Annual report of the Civil Veterinary Department, Bengal, for the year 1896-97 - 1896-1897
Year: 1896
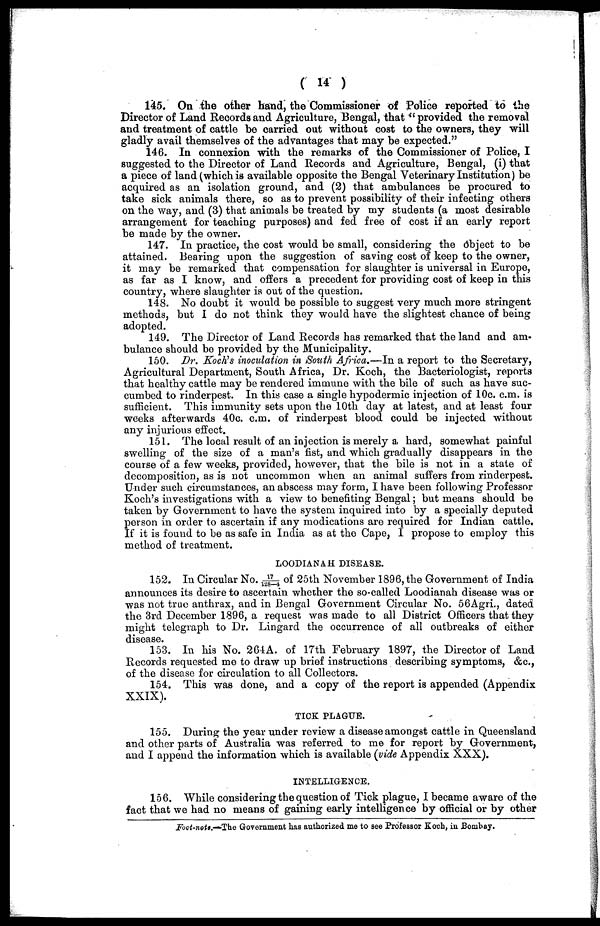
(14)
145. On the other hand, the Commissioner of Police reported to the
Director of Land Records and Agriculture, Bengal, that "provided the removal
and treatment of cattle be carried out without cost to the owners, they will
gladly avail themselves of the advantages that may be expected."
146. In connexion with the remarks of the Commissioner of Police, I
suggested to the Director of Land Records and Agriculture, Bengal, (i) that
a piece of land (which is available opposite the Bengal Veterinary Institution) be
acquired as an isolation ground, and (2) that ambulances be procured to
take sick animals there, so as to prevent possibility of their infecting others
on the way, and (3) that animals be treated by my students (a most desirable
arrangement for teaching purposes) and fed free of cost if an early report
be made by the owner.
147. In practice, the cost would be small, considering the object to be
attained. Bearing upon the suggestion of saving cost of keep to the owner,
it may be remarked that compensation for slaughter is universal in Europe,
as far as I know, and offers a precedent for providing cost of keep in this
country, where slaughter is out of the question.
148. No doubt it would be possible to suggest very much more stringent
methods, but I do not think they would have the slightest chance of being
adopted.
149. The Director of Land Records has remarked that the land and am-
bulance should bo provided by the Municipality.
150. Dr. Koch's inoculation in South Africa.—In a report to the Secretary,
Agricultural Department, South Africa, Dr. Koch, the Bacteriologist, reports
that healthy cattle may be rendered immune with the bile of such as have suc-
cumbed to rinderpest. In this case a single hypodermic injection of 10c. c.m. is
sufficient. This immunity sets upon the 10th day at latest, and at least four
weeks afterwards 40c. c.m. of rinderpest blood could be injected without
any injurious effect.
151. The local result of an injection is merely a. hard, somewhat painful
swelling of the size of a man's fist, and which gradually disappears in the
course of a few weeks, provided, however, that the bile is not in a state of
decomposition, as is not uncommon when an animal suffers from rinderpest.
Under such circumstances, an abscess may form, I have been following Professor
Koch's investigations with a view to benefiting Bengal; but means should be
taken by Government to have the system inquired into by a specially deputed
person in order to ascertain if any modications are required for Indian cattle.
If it is found to be as safe in India as at the Cape, I propose to employ this
method of treatment.
LOODIANAH DISEASE.
152. In Circular No. 17/128-4 of 25th November 1896, the Government of India
announces its desire to ascertain whether the so-called Loodianah disease was or
was not true anthrax, and in Bengal Government Circular No. 56Agri., dated
the 3rd December 1896, a request was made to all District Officers that they
might telegraph to Dr. Lingard the occurrence of all outbreaks of either
disease.
153. In his No. 264A. of 17th February 1897, the Director of Land
Records requested me to draw up brief instructions describing symptoms, &c.,
of the disease for circulation to all Collectors.
154. This was done, and a copy of the report is appended (Appendix
XXIX).
TICK PLAGUE.
155. During the year under review a disease amongst cattle in Queensland
and other parts of Australia was referred to me for report by Government,
and I append the information which is available (vide Appendix XXX).
INTELLIGENCE.
156. While considering the question of Tick plague, I became aware of the
fact that we had no means of gaining early intelligence by official or by other
Foct-note.—The Government has authorized me to see Professor Koch, in Bombay.